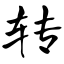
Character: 转